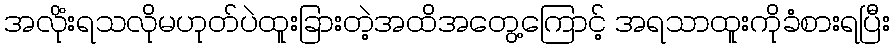
အလိုံးရသလိုမဟုတ်ပဲထူးခြားတဲ့အထိအတွေ့ကြောင့် အရသာထူးကိုခံစားရပြီး